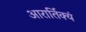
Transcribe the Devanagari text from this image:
आरार्तिक्यं